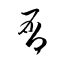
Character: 屑